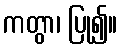
ကတွာ၊ ပြု၍။